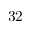
3 2